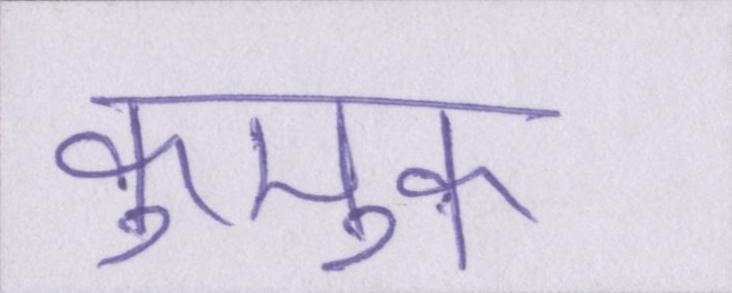
कुमुक